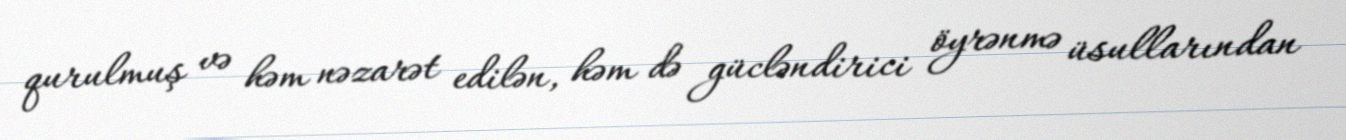
qurulmuş və həm nəzarət edilən, həm də gücləndirici öyrənmə üsullarından